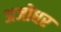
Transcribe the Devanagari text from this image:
अजोधर